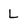
Character: L